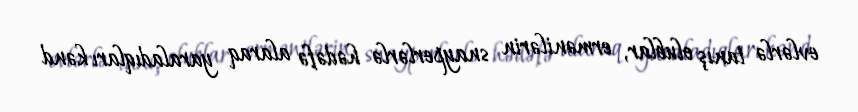
evlərlə tanış olublar, ermənilərin snayperlərlə hədəfə alaraq yaraladıqları kənd